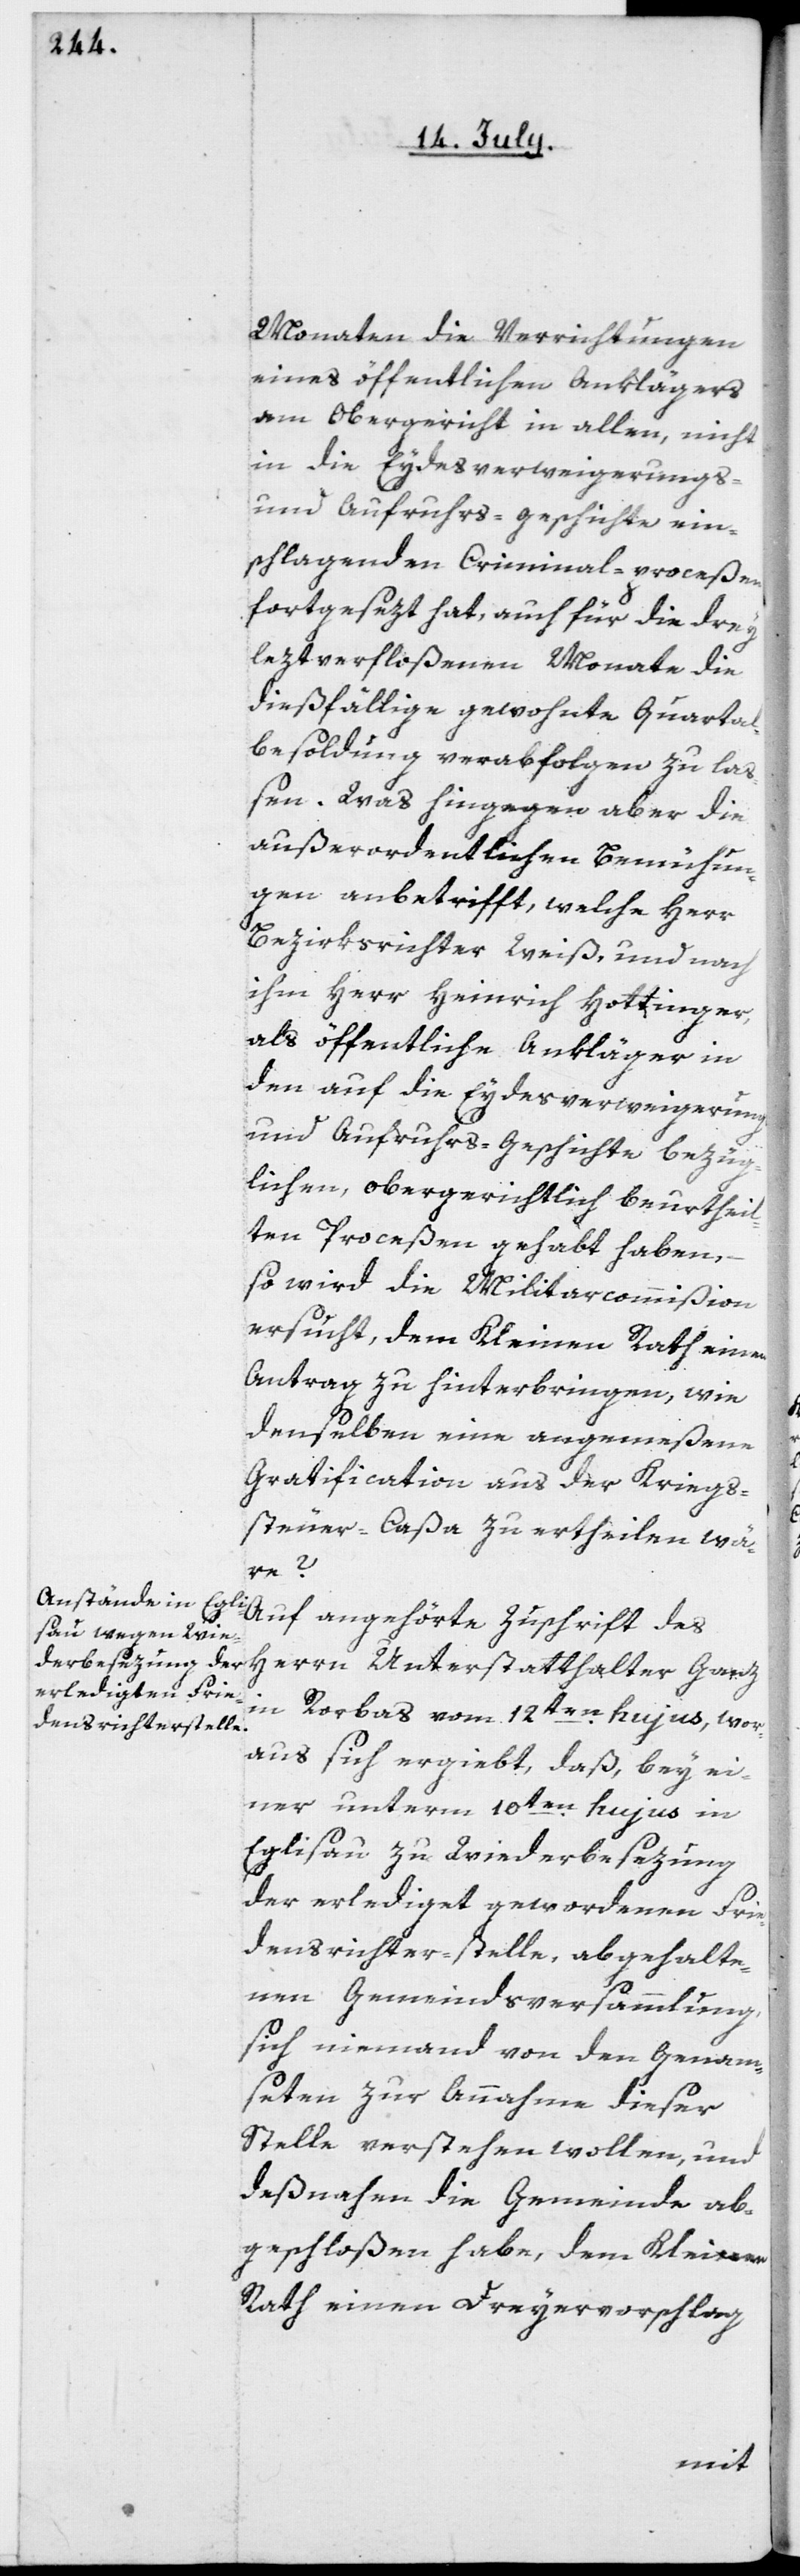
Monaten die Verrichtungen
eines öffentlichen Anklägers
am Obergericht in allen, nicht
in die Eydesverweigerungs-
und Aufruhrs-Geschichte ein¬
schlagenden Criminal-Proceßen
fortgesezt hat, auch für die drey
leztverfloßenen Monate die
dießfällige gewohnte Quartal¬
besoldung verabfolgen zu la¬
ßen. Was hingegen aber die
außerordentlichen Bemühun¬
gen anbetrifft, welche Herr
Bezirksrichter Weiß, und nach
ihm Herr Heinrich Hottinger
als öffentliche Ankläger in
den auf die Eydesverweigerungs-
und Aufruhrs-Geschichte bezüg¬
lichen, obergerichtlich beurtheil¬
ten Proceßen gehabt haben,
so wird die Militarcommißion
ersucht, dem Kleinen Rath einen
Antrag zu hinterbringen, wie
denselben eine angemeßene
Gratification aus der Kriegs¬
steuer-Caßa zu ertheilen wär¬
e?
Auf angehörte Zuschrift des
Herrn Unterstatthalter Ganz
in Rorbas vom 12ten hujus, wor¬
aus sich ergiebt, daß bey ei¬
ner unterm 10ten hujus in
Eglisau zu Wiederbesezung
der erlediget gewordenen Frie¬
densrichter-stelle abgehalte¬
nen Gemeindsversammlung,
sich niemand von den Genam¬
seten zur Annahme dieser
Stelle verstehen wollen, und
deßnahen die Gemeinde ab¬
geschloßen habe, dem Kleinen
Rath einen Dreyervorschlag